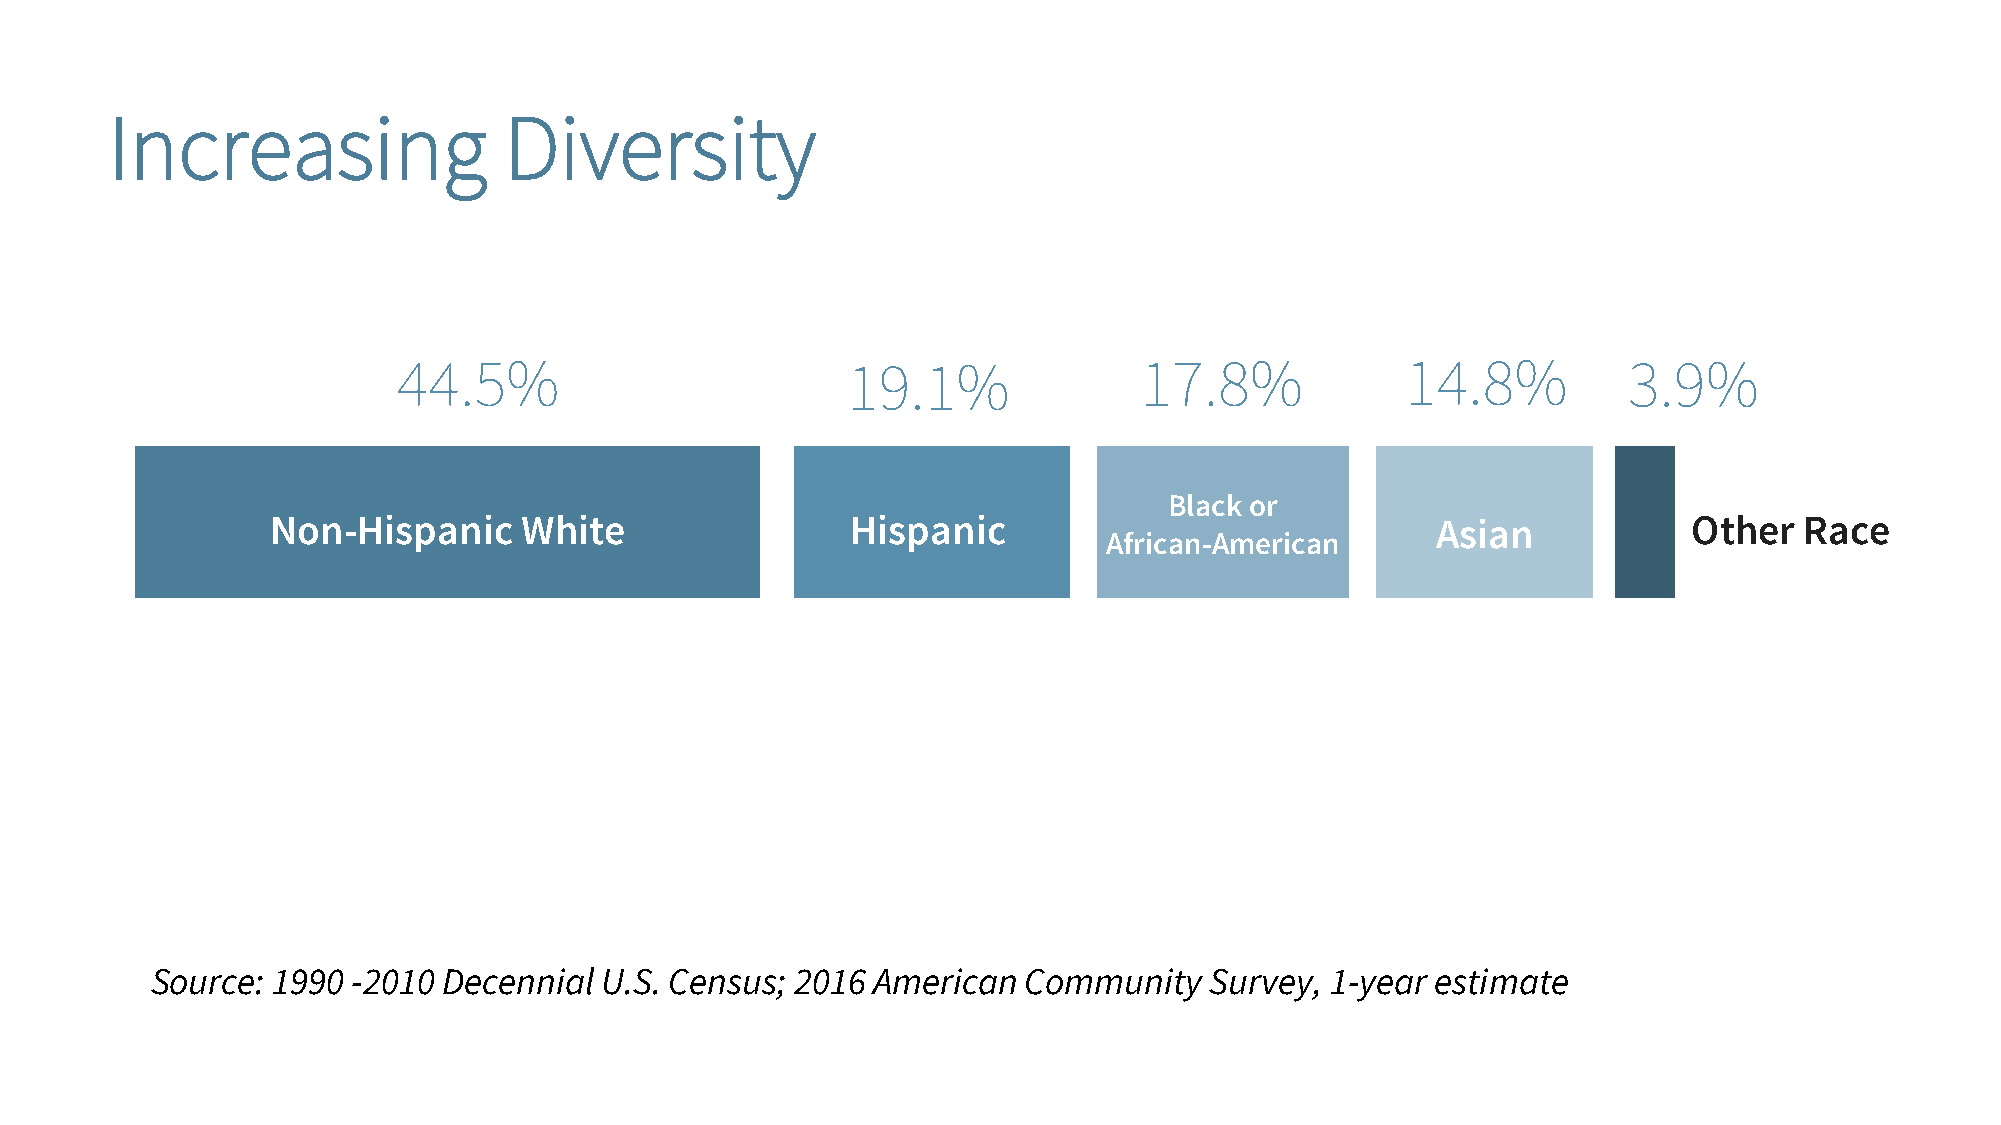
Increasing                Diversity
 44.5%                         19.1%              17.8%             14.8%          3.9%
 Black or
 Non-Hispanic    White                 Hispanic                               Asian            Other  Race
 African-American
 Source: 1990 -2010 Decennial  U.S. Census; 2016 American  Community   Survey, 1-year estimate